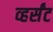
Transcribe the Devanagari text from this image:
व्हर्संट